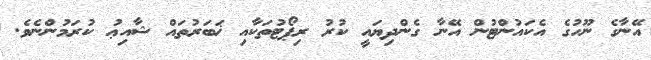
އޭނާގެ ނޫހުގެ އެކައުންޓުން އޭނާ ގެންދިޔައީ ކުރު ރިޕޯޓުތަކާއި ޚަބަރުތައް ޝާއިޢު ކުރަމުންނެވެ.